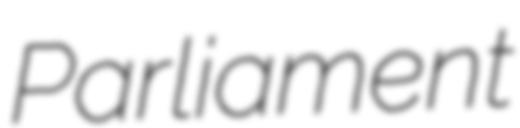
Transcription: Parliament